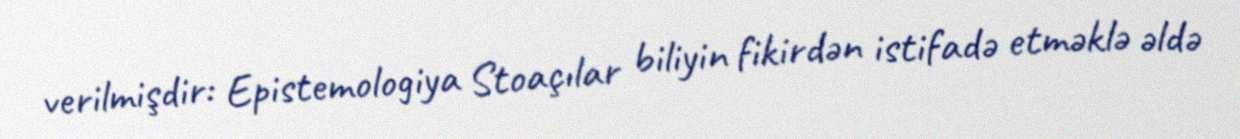
verilmişdir: Epistemologiya Stoaçılar biliyin fikirdən istifadə etməklə əldə